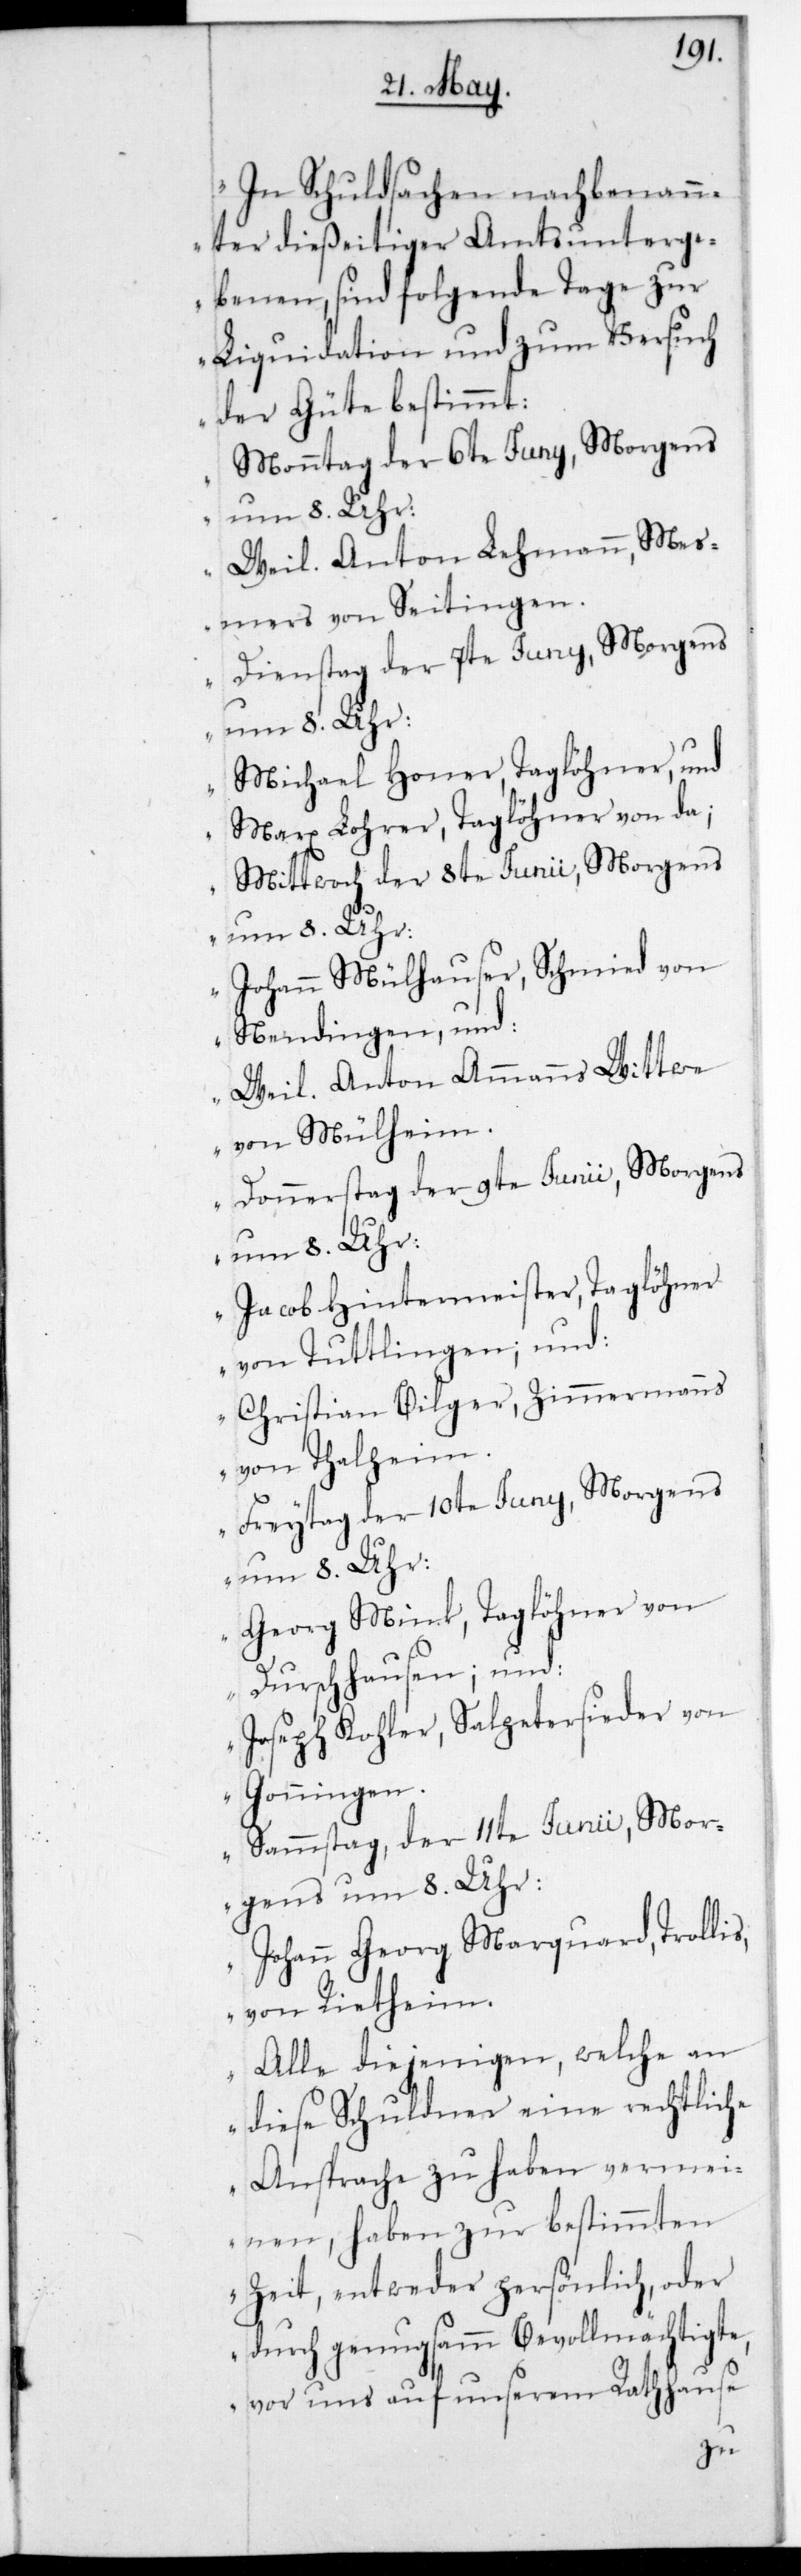
„In Schuldsachen nachbenann¬
ter dießeitiger Amtsunterge¬
benen, sind folgende Tage zur
Liquidation und zum Versuch
der Güte bestimmt:
Monntag der 6te Juny, Morgens
Weil. Anton Lehmann, Mes¬
mers von Seitingen.
Dienstag der 7te Juny, Morgens
um 8. Uhr:
Michael Honer, Taglöhner, und
Marx Lohrer, Taglöhner von da.
Mittwoch der 8te Juny, Morgens
Johann Mülhauser, Schmied von
Nendingen, und:
Weil. Anton Ammanns Wittwe
von Mülheim.
Donnerstag der 9te Juny, Morgens
Jacob Hintermeister, Taglöhner
von Tuttlingen, und
Christian Bilger, Zimmermanns
von Thalheim.
Freitag der 10te Juny, Morgens
um 8. Uhr:
Georg Mink, Taglöhner von
Durschhausen, und
Joseph Kohler, Salpetersieber von
Goningen.
Sammstag der 11te Juny, Mor¬
gens um 8. Uhr:
Johann Georg Marquard, Trollis,
von Rietheim.
Alle diejenigen, welche an
diese Schuldner eine rechtliche
Ansprache zu haben vermei¬
nen, haben zur bestimmten
Zeit, entweder persönlich oder
durch genugsamm Bevollmächtigte,
vor uns auf unserem Rathshause